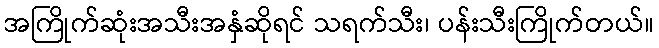
အကြိုက်ဆုံးအသီးအနှံဆိုရင် သရက်သီး၊ ပန်းသီးကြိုက်တယ်။